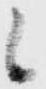
候